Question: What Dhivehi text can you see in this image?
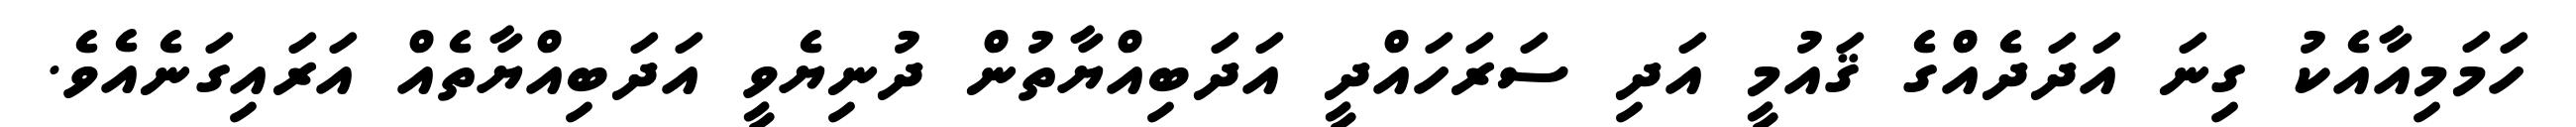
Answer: ހަމަމިއާއެކު ގިނަ އަދަދެއްގެ ޤައުމީ އަދި ސަރަހައްދީ އަދަބިއްޔާތުން ދުނިޔެވީ އަދަބިއްޔާތެއް އަރައިގަނެއެވެ.